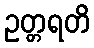
ဥတ္တရတိ